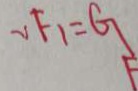
v F _ { 1 } = G